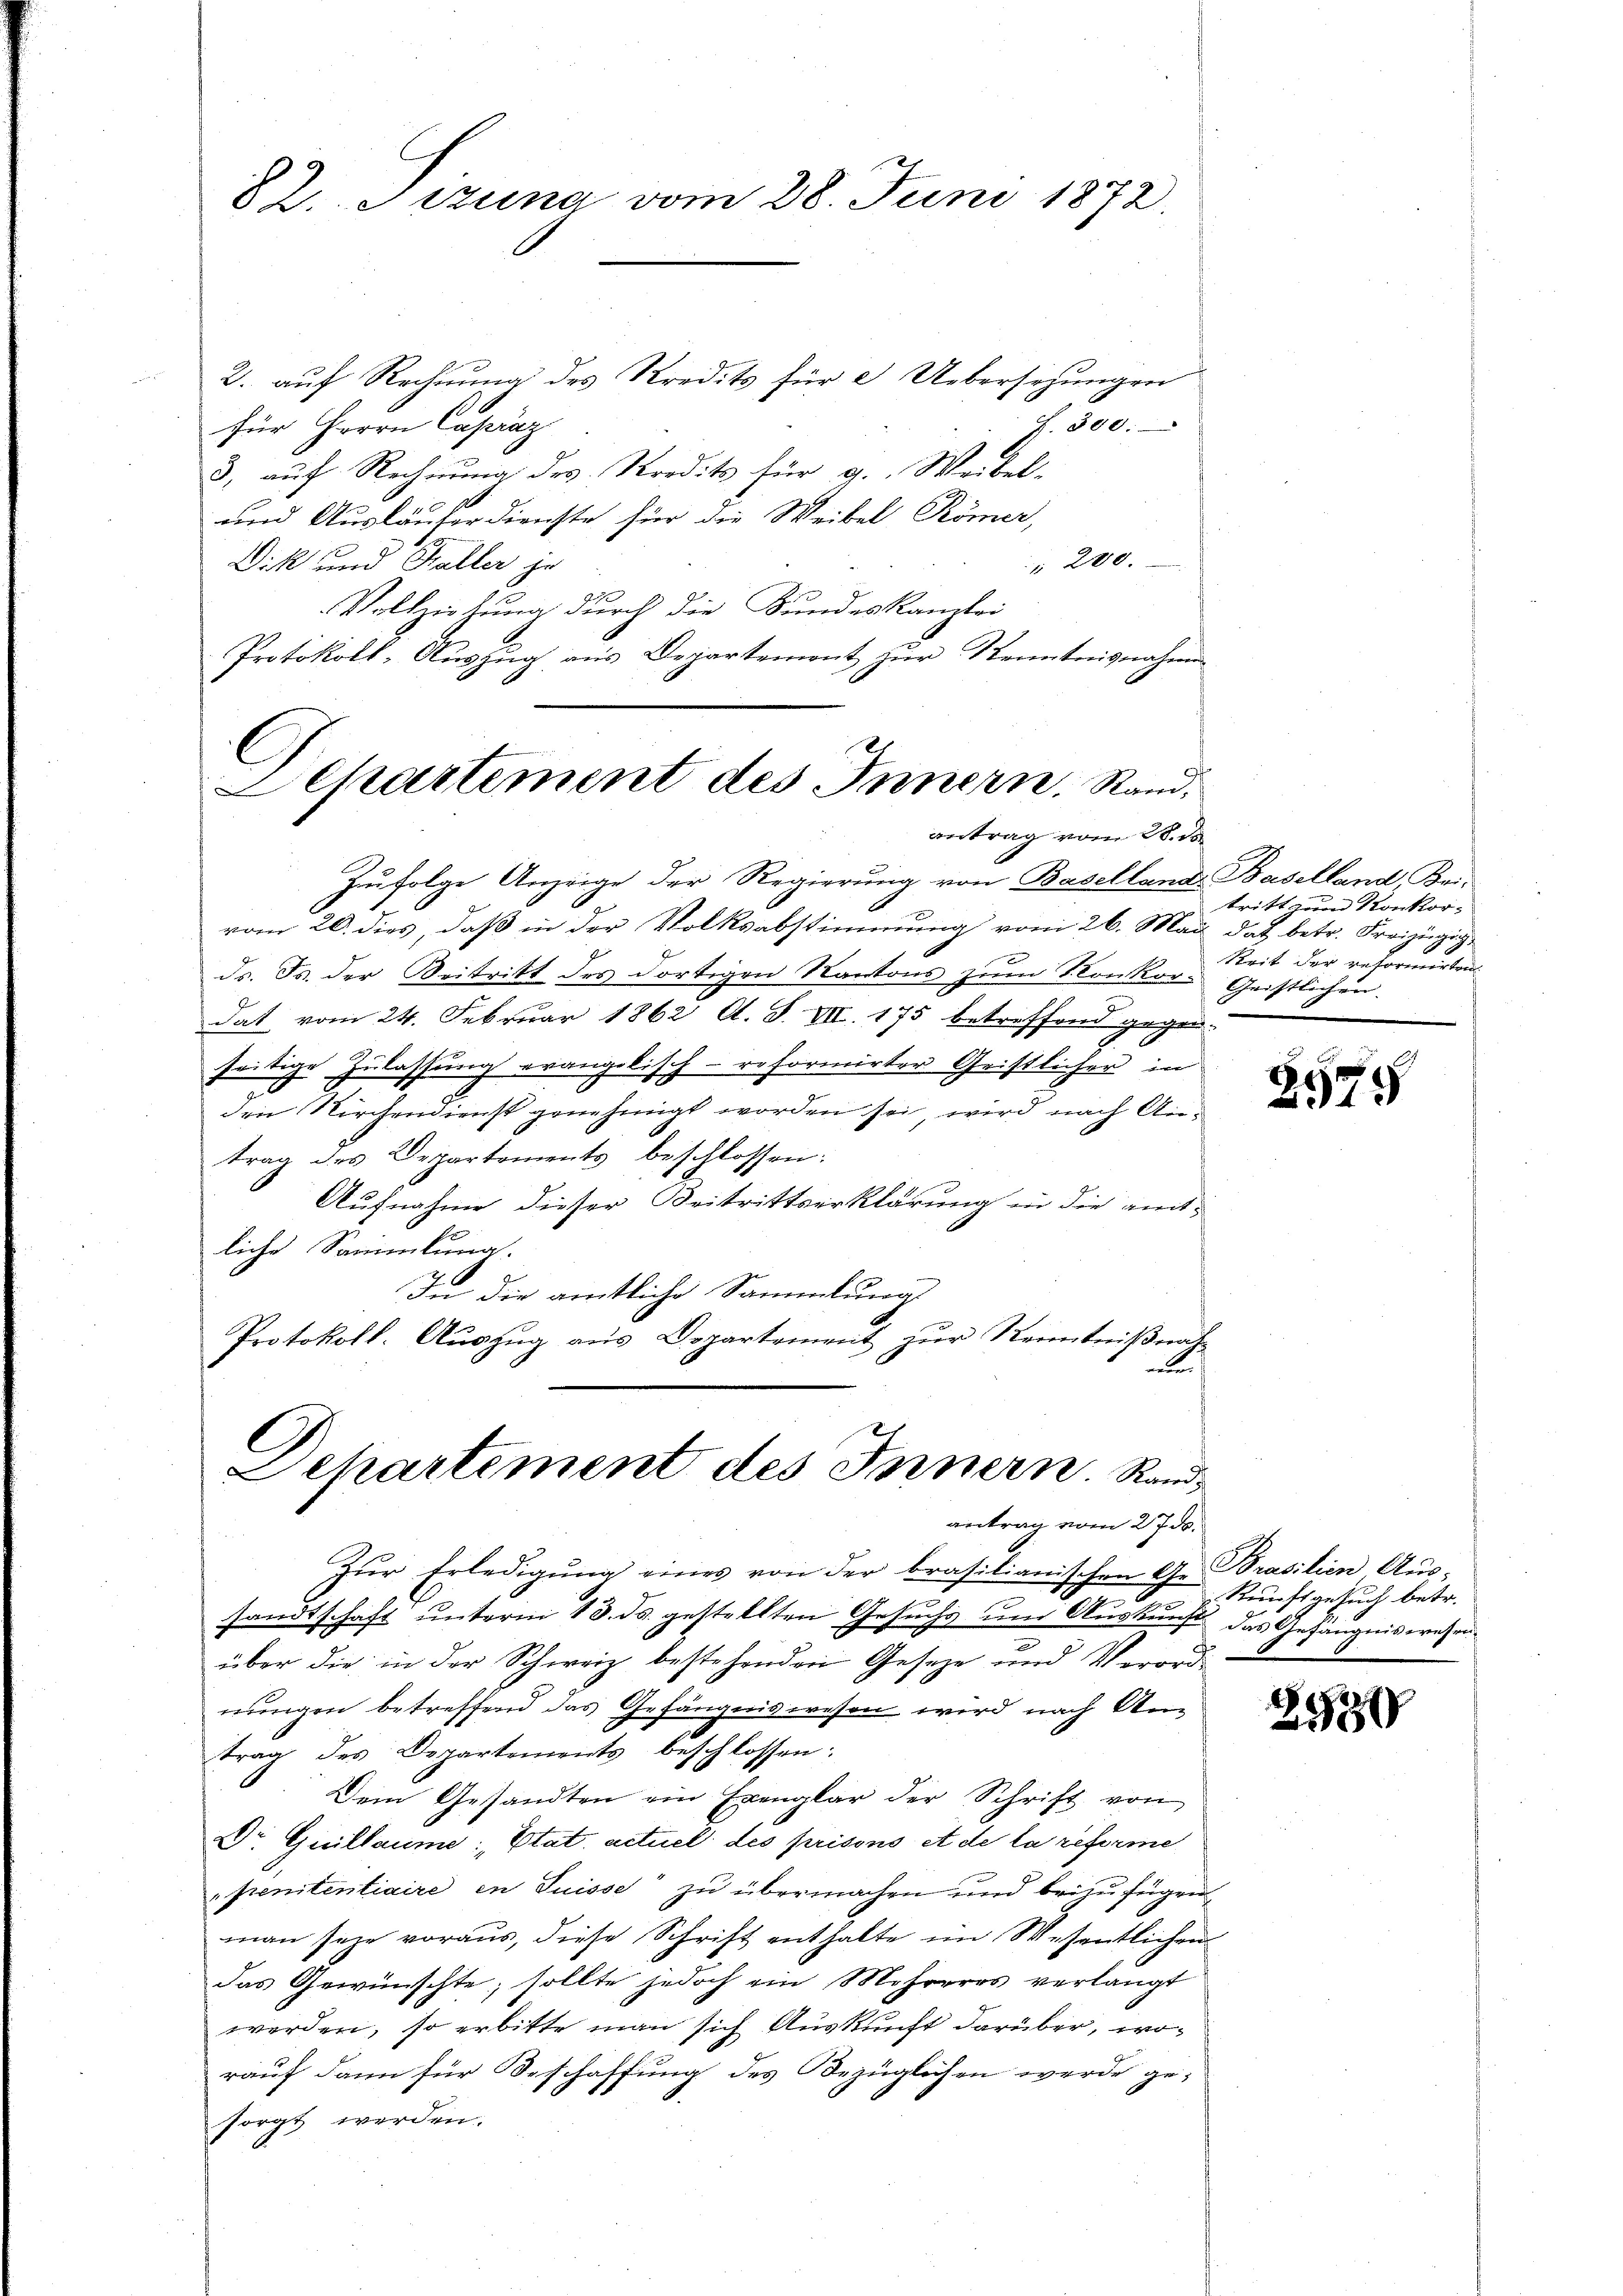
82. Sizung vom 28. Juni 1872.

2. auf Rechnung des Kredits für 2 Uebersezungen
f. 300.
für Herrn Capraz
3, auf Rechnung des Kredits für 9. Weibel-
und Ausläufer dienste für die Weibel Römer,
 200.
Dik und Haller je
2
Vollziehung durch die Sundeskanzlei
Protokoll-Auszug aus Departement zur Kenntnisnahme

C
Lehartement des Innern, Rand,
antrag vom 28. de

Departement des Innern. Rand
antrag vom 27. ds.

Zufolge Anzeige der Regierung von Baselland. Baselland Bei-
vom 20. dies, daß in der Volksabstimmung vom 26. Mai das betr. Freizügig
ds. Js. der Beitritt des dortigen Kantons zum Konkor- Geistlichen.
dat vom 24. Februar 1862 Al. S. VII. 175 betreffend gegen-
seitige Zulassung erangelisch-reformirter Geistlicher in
den Kirchendienst genehmigt worden sei, wird nach Antrag des Departements beschlossen:
Aufnahme dieser Beitrittserklärung in die amtliche Sammlung.
In die amtliche Sammlung
Protokoll-Auszug aus Departement zur Kenntnißnat-
e

Zŭr Erledigŭng eines von der brasilianischen Ge Brasilien, Aus-
sandtschaft unterm 13. ds. gestellten Gesuchs um Auskunft das Gefängniswesen
über die in der Schweiz bestehenden Geseze und Verord
nungen betreffend das Gefängniswesen wird nach Antrag des Departements beschlossen:
Dem Gesandten ein Exemplar der Schrift von
Dr Guillaume: Etat. actuel des prisons et de la reforme
pemtentiaire in Suisse zu übermachen und beizufügen,
man seye voraus, diese Schrift enthalte im Wesentlichen
das Gewünschte; sollte jedoch ein Mehreres verlangt
werden, so erbitte man sich Auskunft darüber, worauf dann für Beschaffung des Bezüglichen werde gesorgt werden.

tritt zum Konkorkeit der reformirten

2979

Kunstgesuch betr.

8937